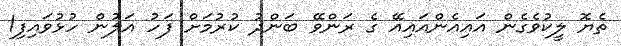
ތެޔޮ ލީކުވެގެން އައިއެންއައިއޭ ގެ ރަންވޭ ބަންދު ކުރުމަށް ފަހު އަލުން ހުޅުވައިފި1